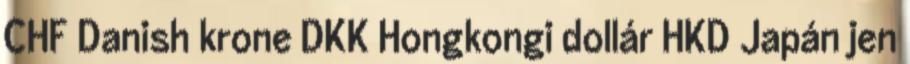
CHF Danish krone DKK Hongkongi dollár HKD Japán jen